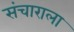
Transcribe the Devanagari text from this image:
संचाराला